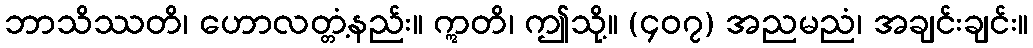
ဘာသိဿတိ၊ ဟောလတ္တံ့နည်း။ ဣတိ၊ ဤသို့။ (၄၀၇) အညမညံ၊ အချင်းချင်း။